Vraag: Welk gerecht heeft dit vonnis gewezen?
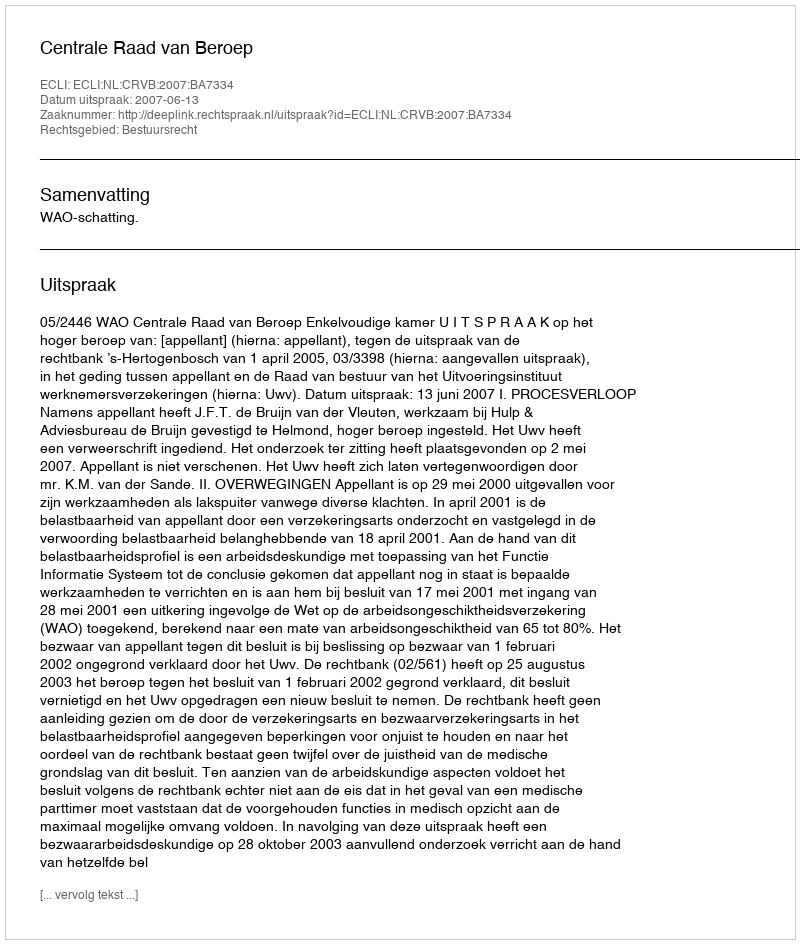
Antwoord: Centrale Raad van Beroep